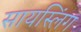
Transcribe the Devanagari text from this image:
सायस्लिंग